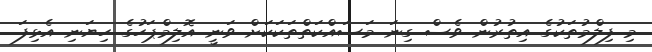
މި ފިލްމުތަކުގެ އިތުރުން ވެސް ގިނަ މަސައްކަތްތަކަކަށް ވަނީ އޮލިމްޕަހުގެ ހިޔަނި އެޅިފަ